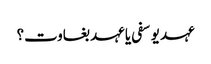
عہد یوسفی یا عہد بغاوت؟